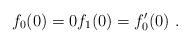
LaTeX: \begin{align*}f_0(0) = 0 f_1(0) = f_0'(0) \ .\end{align*}